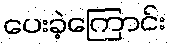
ပေးခဲ့ကြောင်း